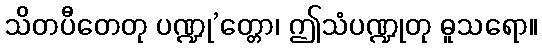
သိတပီတေတု ပဏ္ဍု’တ္တော၊ ဤသံပဏ္ဍုတု ဓူသရော။